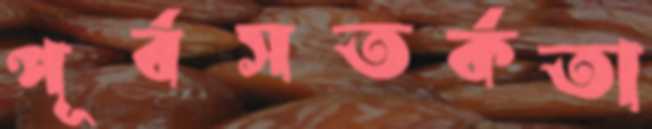
পূর্বসতর্কতা